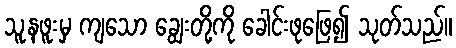
သူ့နဖူးမှ ကျသော ချွေးတို့ကို ခေါင်းဖုဖြေ၍ သုတ်သည်။